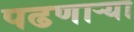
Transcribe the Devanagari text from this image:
पढणार्‍या